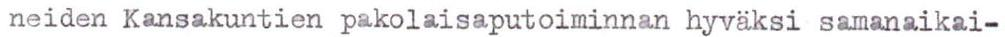
neiden Kansakuntien pakolaisaputoiminnan hyväksi samanaikai-